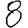
Digit: 8